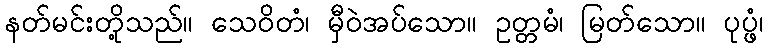
နတ်မင်းတို့သည်။ သေဝိတံ၊ မှီဝဲအပ်သော။ ဥတ္တမံ၊ မြတ်သော။ ပုပ္ဖံ၊